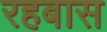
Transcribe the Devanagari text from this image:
रहबास